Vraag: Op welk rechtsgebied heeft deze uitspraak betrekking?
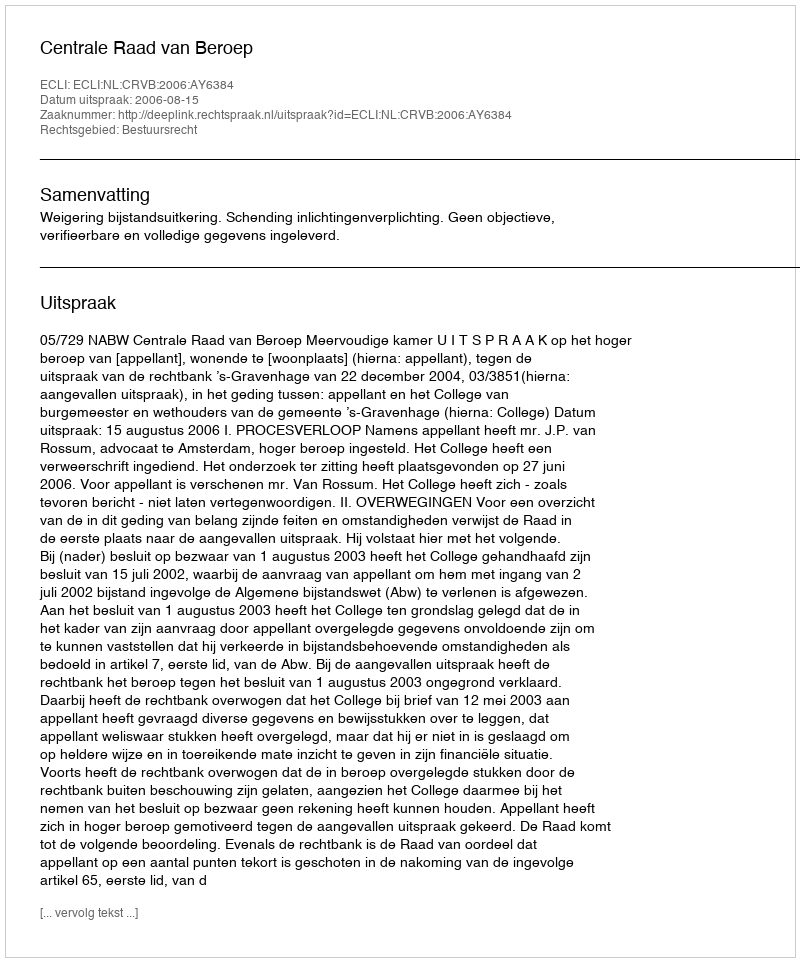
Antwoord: Bestuursrecht